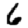
Digit: 6